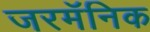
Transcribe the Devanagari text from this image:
जरमॅनिक